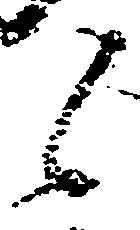
候